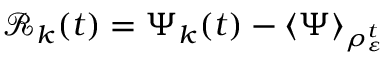
\mathcal { R } _ { k } ( t ) = \Psi _ { k } ( t ) - \langle \Psi \rangle _ { \rho _ { \varepsilon } ^ { t } }